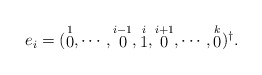
\begin{align*}e_i=(\stackrel{1}{0},\cdots,\stackrel{i-1}{0},\stackrel{i}{1},\stackrel{i+1}{0},\cdots,\stackrel{k}{0})^\dag.\end{align*}